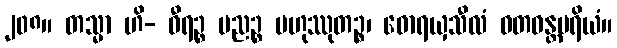
၂၀၈။ တသ္မာ ဟိ- ဓီရဉ္စ ပညဉ္စ ဗဟုဿုတဉ္စ၊ ဓောရယှသီလံ ဝတဝန္တမရိယံ။